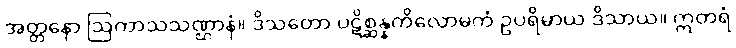
အတ္တနော ဩကာသသဏ္ဌာနံ။ ဒိသတော ပဋိစ္ဆန္နကိလောမကံ ဥပရိမာယ ဒိသာယ။ ဣတရံ